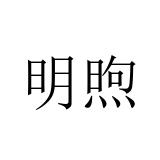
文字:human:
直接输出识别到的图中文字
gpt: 明煦